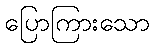
ပြောကြားသော